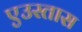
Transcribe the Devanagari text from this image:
एउस्तास